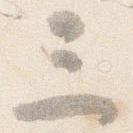
三